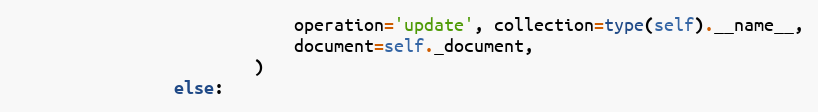
Language: Python
                            operation='update', collection=type(self).__name__,
                            document=self._document,
                        )
                else: